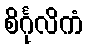
စိင်္ဂုလိကံ